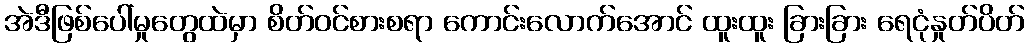
အဲဒီဖြစ်ပေါ်မှုတွေထဲမှာ စိတ်ဝင်စားစရာ ကောင်းလောက်အောင် ထူးထူး ခြားခြား ရေငုံနှုတ်ပိတ်